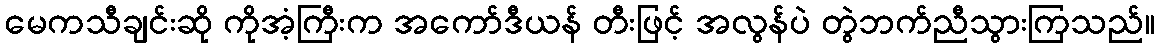
မေကသီချင်းဆို ကိုအံ့ကြီးက အကော်ဒီယန် တီးဖြင့် အလွန်ပဲ တွဲဘက်ညီသွားကြသည်။